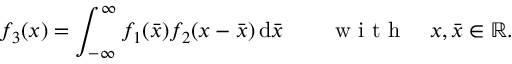
f _ { 3 } ( x ) = \int _ { - \infty } ^ { \infty } f _ { 1 } ( \bar { x } ) f _ { 2 } ( x - \bar { x } ) \, \mathrm { d } \bar { x } \qquad \mathrm { ~ w ~ i ~ t ~ h ~ } \quad x , \bar { x } \in \mathbb { R } .